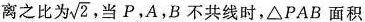
离之比为\sqrt{2},当P，A，B不共线时，\triangle PAB面积